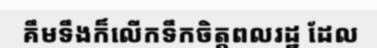
គឹមទឹងក៏លើកទឹកចិត្តពលរដ្ឋ ដែល